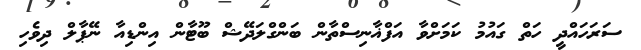
ސަރަހައްދީ ހަތް ގައުމު ކަމަށްވާ އަފްޣާނިސްތާން ބަންގްލަދޭޝް ބޫޓާން އިންޑިއާ ނޭޕާލް ދިވެހި